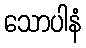
သောပါနံ